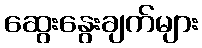
ဆွေးနွေးချက်များ